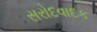
સરોદવાદક